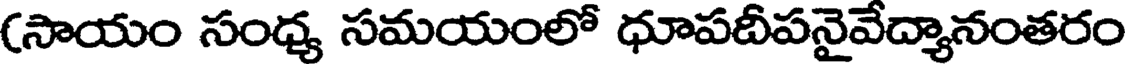
(సాయం సంధ్య సమయంలో ధూపదీపనైవేద్యానంతరం